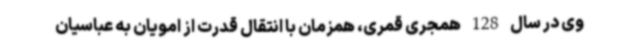
وی در سال 128 همجری قمری، همزمان با انتقال قدرت از امویان به عباسیان